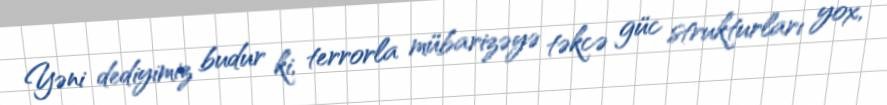
Yəni dediyimiz budur ki, terrorla mübarizəyə təkcə güc strukturları yox,